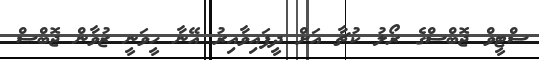
ސްޓީވް ޖޮބްސްގެ ރޯލު ކުޗާ އަށް ދީފައިވާއިރު އޭނާ ހީވަނީ ޒުވާން ޖޮބްސް